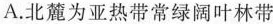
A.北麓为亚热带常绿阔叶林带